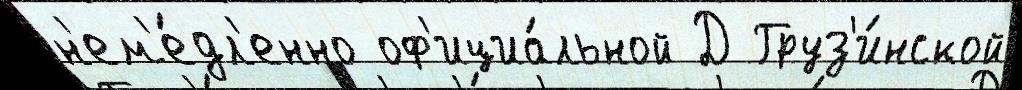
н'ем'е́дл'енно оф'ициа́льной Д Груз'и́нской